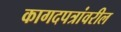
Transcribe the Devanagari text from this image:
कागदपत्रांवरील